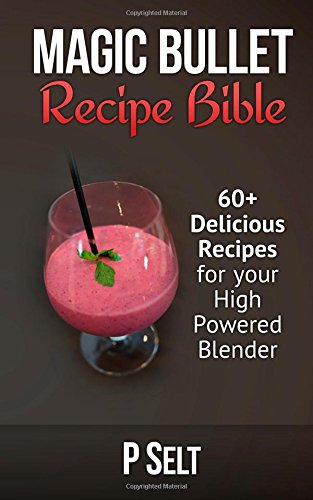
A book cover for Magic Bullet Recipe Bible: 60+ Delicious Recipes for your High Powered Blender; P Selt; Cookbooks, Food & Wine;